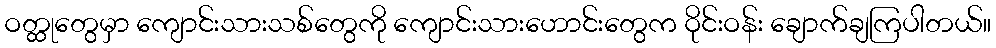
ဝတ္ထုတွေမှာ ကျောင်းသားသစ်တွေကို ကျောင်းသားဟောင်းတွေက ဝိုင်းဝန်း ချောက်ချကြပါတယ်။